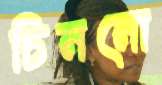
চিননো